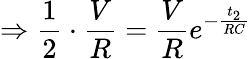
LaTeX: \Rightarrow\frac{1}{2}\cdot\frac{V}{R}=\frac{V}{R}e^{-\frac{t_{2}}{RC}}